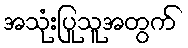
အသုံးပြုသူအတွက်